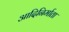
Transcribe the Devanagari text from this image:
आदिनिर्माता